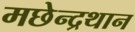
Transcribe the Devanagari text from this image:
मछेन्‍द्रथान